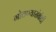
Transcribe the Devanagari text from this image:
गोठण्यासंबंधी